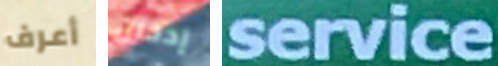
أعرف إدخال service